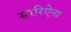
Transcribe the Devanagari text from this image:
सारिऐना